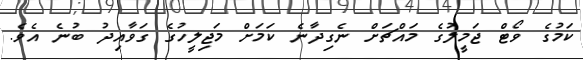
ކަމުގެ ވޯޓް ޖަމީލުގެ މައްޗަށް ނެގިދާނެ ކަމަށް މަޖިލީހުގެ ގަވާއިދު ބުނެ އެވެ.